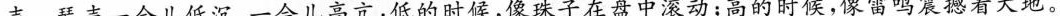
声。琴声一会儿低沉，一会儿高亢：低的时候，像珠子在盘中滚动；高的时候，像雷鸣震撼着大地。